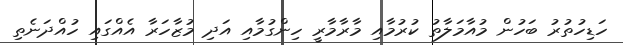
ހަޑިހުތުރު ބަހުން މުއާމަލާތު ކުރުމާއި މާރާމާރީ ހިންގުމާއި އަދި މުޒާހަރާ އެއްގައި ހުއްދަނެތި